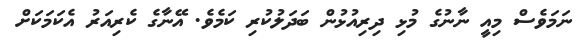
ނަމަވެސް މިއީ ނާނުގެ މުޅި ދިރިއުޅުން ބަދަލުކުރި ކަމެވެ. އޭނާގެ ކެރިއަރު އެކަމަކަށް